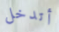
أتدخل